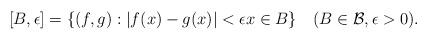
LaTeX: \begin{align*}[B,\epsilon] = \{(f,g) : |f(x)-g(x)| < \epsilon x\in B\} \ \ \ (B \in \mathcal{B}, \epsilon > 0).\end{align*}